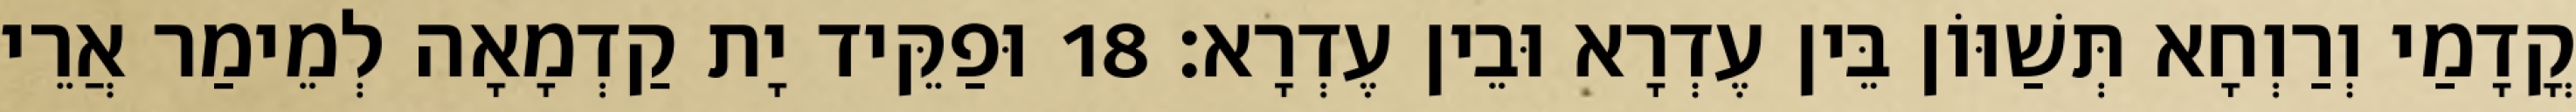
קֳדָמַי וְרַוְחָא תְּשַׁוּוֹן בֵּין עֶדְרָא וּבֵין עֶדְרָא׃ 18 וּפַקֵּיד יָת קַדְמָאָה לְמֵימַר אֲרֵי